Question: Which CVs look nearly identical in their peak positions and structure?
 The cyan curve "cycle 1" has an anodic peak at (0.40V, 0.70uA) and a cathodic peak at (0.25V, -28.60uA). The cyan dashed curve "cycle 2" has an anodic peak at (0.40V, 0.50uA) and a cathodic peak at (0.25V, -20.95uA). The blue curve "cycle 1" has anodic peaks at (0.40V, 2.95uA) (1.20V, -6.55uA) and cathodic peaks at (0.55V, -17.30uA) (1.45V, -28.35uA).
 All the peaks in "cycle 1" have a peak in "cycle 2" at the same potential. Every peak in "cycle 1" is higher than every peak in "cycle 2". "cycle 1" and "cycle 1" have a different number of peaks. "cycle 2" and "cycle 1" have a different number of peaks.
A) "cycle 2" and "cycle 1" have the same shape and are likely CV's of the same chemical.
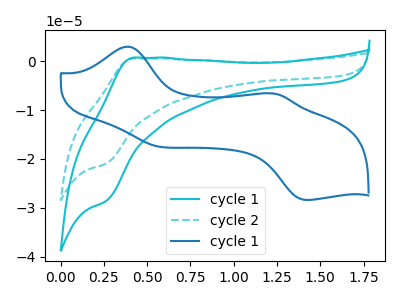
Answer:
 <answer>A) "cycle 2" and "cycle 1" have the same shape and are likely CV's of the same chemical.</answer>
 <eval>A</eval>